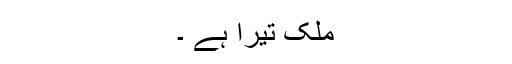
ملک تیرا ہے ۔